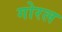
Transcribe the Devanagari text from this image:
गोरल